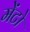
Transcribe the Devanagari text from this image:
मेंटो